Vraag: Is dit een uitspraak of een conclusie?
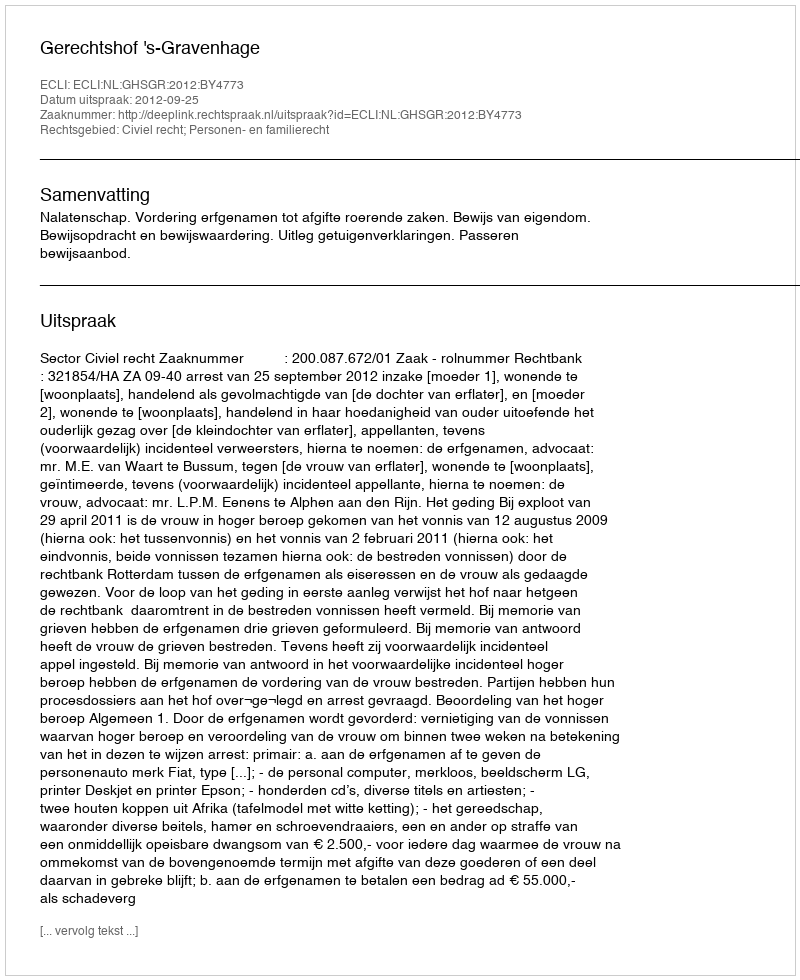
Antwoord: Uitspraak